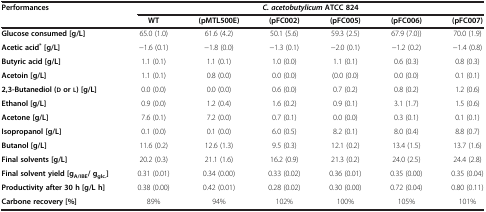
<table><thead><tr><td rowspan="2"><b>Performances</b></td><td colspan="6"><b><i>C. acetobutylicum</i>ATCC 824</b></td></tr><tr><td><b>WT</b></td><td><b>(pMTL500E)</b></td><td><b>(pFC002)</b></td><td><b>(pFC005)</b></td><td><b>(pFC006)</b></td><td><b>(pFC007)</b></td></tr></thead><tbody><tr><td><b>Glucose consumed [g/L]</b></td><td>65.0 (1.0)</td><td>61.6 (4.2)</td><td>50.1 (5.6)</td><td>59.3 (2.5)</td><td>67.9 (7.0))</td><td>70.0 (1.9)</td></tr><tr><td><b>Acetic acid</b><sup><b>*</b></sup><b>[g/L]</b></td><td>−1.6 (0.1)</td><td>−1.8 (0.0)</td><td>−1.3 (0.1)</td><td>−2.0 (0.1)</td><td>−1.2 (0.2)</td><td>−1.4 (0.8)</td></tr><tr><td><b>Butyric acid [g/L]</b></td><td>1.1 (0.1)</td><td>1.1 (0.1)</td><td>1.0 (0.0)</td><td>1.1 (0.1)</td><td>0.6 (0.3)</td><td>0.8 (0.3)</td></tr><tr><td><b>Acetoin [g/L]</b></td><td>1.1 (0.1)</td><td>0.8 (0.0)</td><td>0.0 (0.0)</td><td>(0.0 (0.0)</td><td>0.0 (0.0)</td><td>0.1 (0.1)</td></tr><tr><td><b>2,3-Butanediol (</b><b>D</b><b>or</b><b>L</b><b>) [g/L]</b></td><td>0.0 (0.0)</td><td>0.0 (0.0)</td><td>0.6 (0.0)</td><td>0.7 (0.2)</td><td>0.8 (0.2)</td><td>1.2 (0.6)</td></tr><tr><td><b>Ethanol [g/L]</b></td><td>0.9 (0.0)</td><td>1.2 (0.4)</td><td>1.6 (0.2)</td><td>0.9 (0.1)</td><td>3.1 (1.7)</td><td>1.5 (0.6)</td></tr><tr><td><b>Acetone [g/L]</b></td><td>7.6 (0.1)</td><td>7.2 (0.0)</td><td>0.7 (0.1)</td><td>0.0 (0.0)</td><td>0.3 (0.1)</td><td>0.1 (0.1)</td></tr><tr><td><b>Isopropanol [g/L]</b></td><td>0.1 (0.0)</td><td>0.1 (0.0)</td><td>6.0 (0.5)</td><td>8.2 (0.1)</td><td>8.0 (0.4)</td><td>8.8 (0.7)</td></tr><tr><td><b>Butanol [g/L]</b></td><td>11.6 (0.2)</td><td>12.6 (1.3)</td><td>9.5 (0.3)</td><td>12.1 (0.2)</td><td>13.4 (1.5)</td><td>13.7 (1.6)</td></tr><tr><td><b>Final solvents [g/L]</b></td><td>20.2 (0.3)</td><td>21.1 (1.6)</td><td>16.2 (0.9)</td><td>21.3 (0.2)</td><td>24.0 (2.5)</td><td>24.4 (2.8)</td></tr><tr><td><b>Final solvent yield [g</b><sub><b>A/IBE</b></sub><b>/ g</b><sub><b>glc.</b></sub><b>]</b></td><td>0.31 (0.01)</td><td>0.34 (0.00)</td><td>0.33 (0.02)</td><td>0.36 (0.01)</td><td>0.35 (0.00)</td><td>0.35 (0.04)</td></tr><tr><td><b>Productivity after 30 h [g/L h]</b></td><td>0.38 (0.00)</td><td>0.42 (0.01)</td><td>0.28 (0.02)</td><td>0.30 (0.00)</td><td>0.72 (0.04)</td><td>0.80 (0.11)</td></tr><tr><td><b>Carbone recovery [%]</b></td><td>89%</td><td>94%</td><td>102%</td><td>100%</td><td>105%</td><td>101%</td></tr></tbody></table>